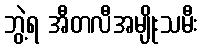
ဘွဲ့ရ အီတလီအမျိုးသမီး